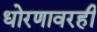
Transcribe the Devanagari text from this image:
धोरणावरही